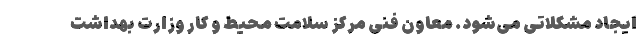
ایجاد مشکلاتی می‌شود. معاون فنی مرکز سلامت محیط و کار وزارت بهداشت